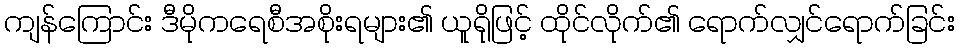
ကျန်ကြောင်း ဒီမိုကရေစီအစိုးရများ၏ ယူရိုဖြင့် ထိုင်လိုက်၏ ရောက်လျှင်ရောက်ခြင်း